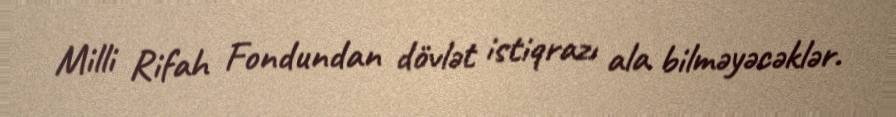
Milli Rifah Fondundan dövlət istiqrazı ala bilməyəcəklər.